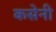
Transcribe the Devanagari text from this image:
कसेनी